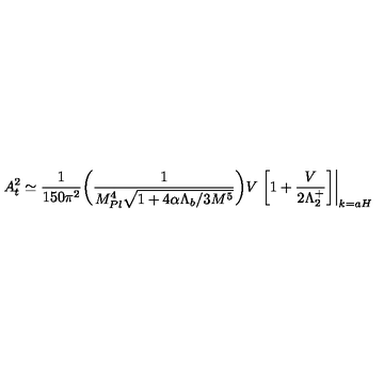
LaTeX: A _ { \sc t } ^ { 2 } \simeq \frac { 1 } { 1 5 0 \pi ^ { 2 } } \bigg ( \frac { 1 } { M _ { P l } ^ { 4 } \sqrt { 1 + 4 \alpha \Lambda _ { b } / 3 M ^ { 5 } } } \bigg ) V \left. \left[ 1 + \frac { V } { 2 \Lambda _ { 2 } ^ { + } } \right] \right| _ { k = a H } \,